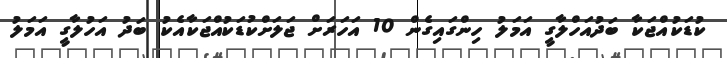
ކުޑަކުއްޖަކާ ބަދުއަހްލާގީ އަމަލު ހިންގައިގެން 10 އަހަރަށް ޖަލަށްކުޑަކުއްޖަކާއެކު ބަދު އަހުލާގީ އަމަލު